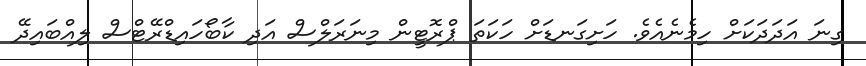
ގިނަ އަދަދަކަށް ހިމެނެއެވެ. ހަށިގަނޑަށް ހަކަތަ ޕްރޮޓީން މިނަރަލްސް އަދި ކާބޯހައިޑްރޭޓްސް ލިއްބައިދޭ